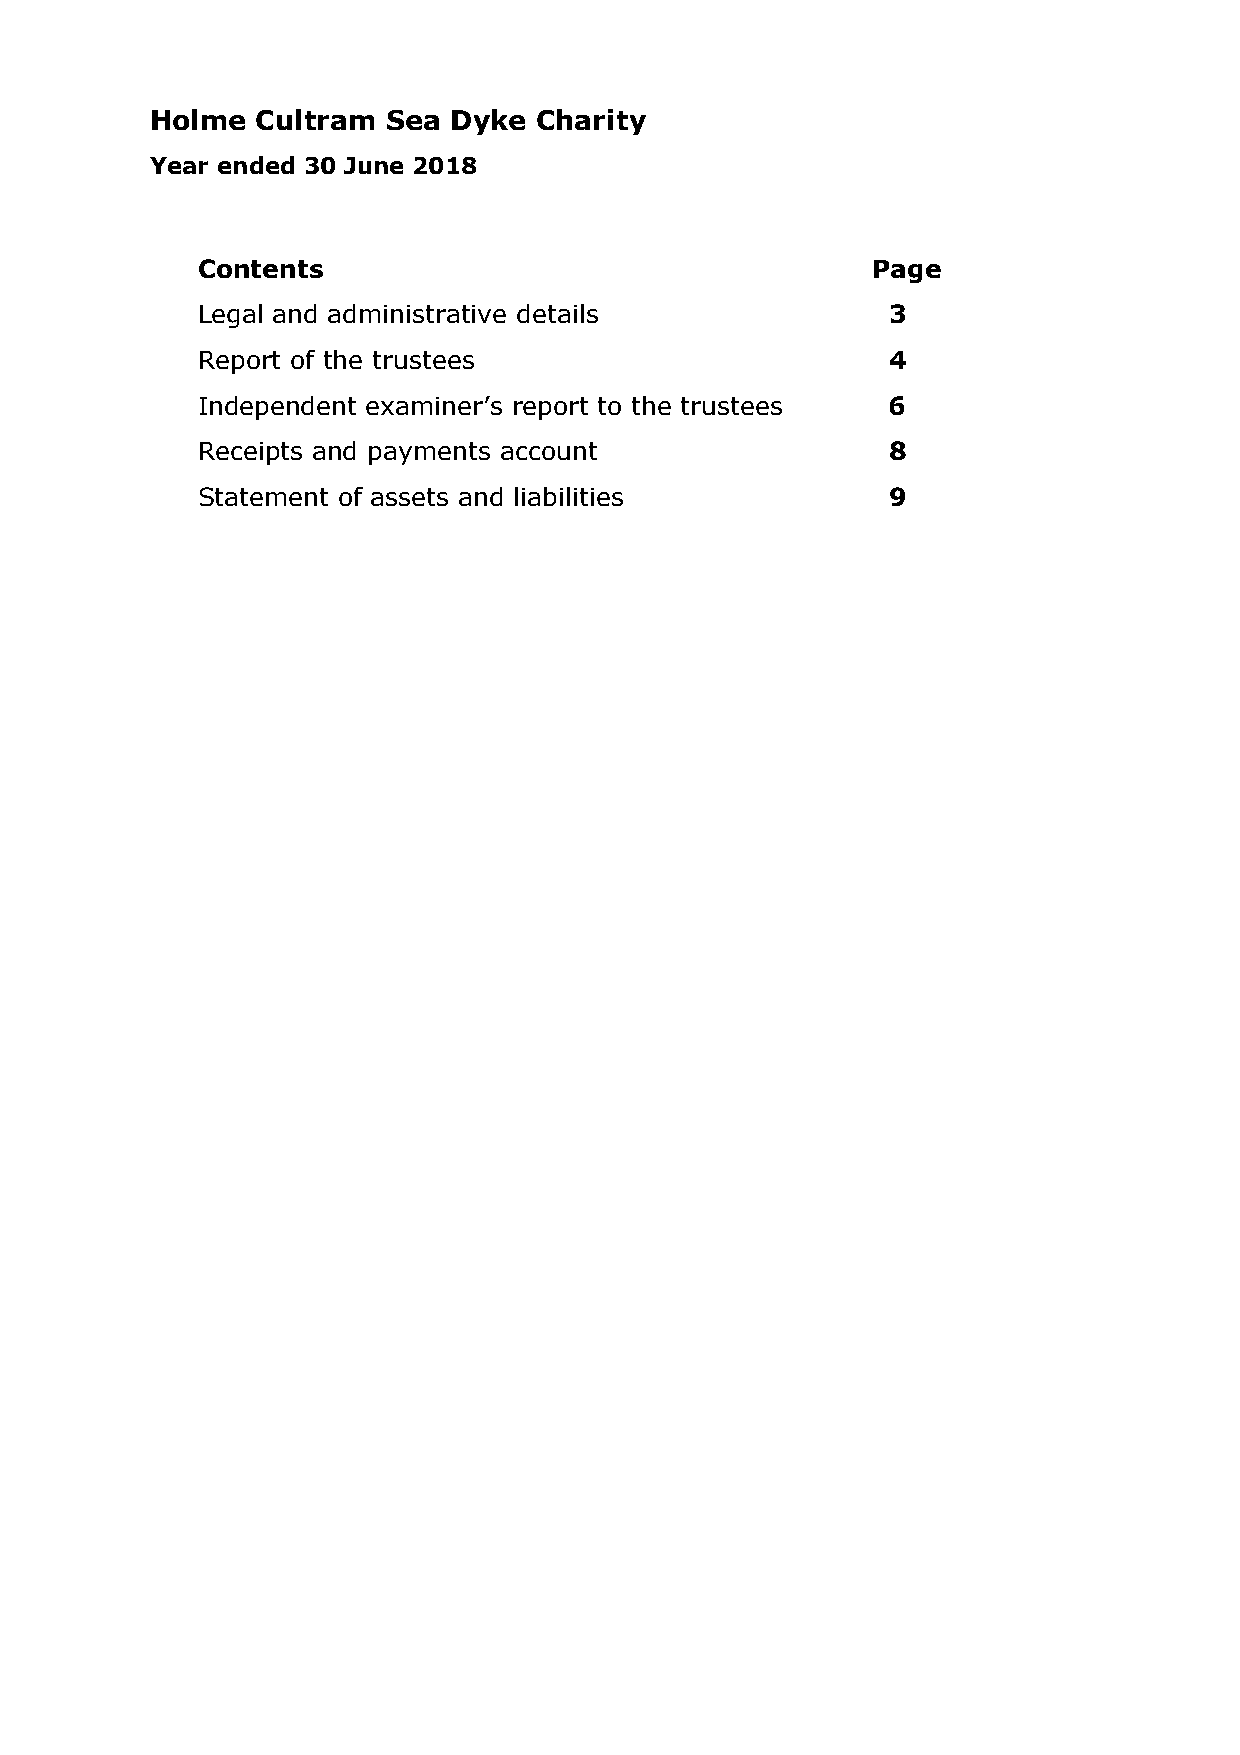
Holme  Cultram  Sea Dyke  Charity
 Year ended 30 June 2018
 Contents                                     Page
 Legal and administrative details              3
 Report of the trustees                        4
 Independent examiner’s report to the trustees 6
 Receipts and payments account                 8
 Statement of assets and liabilities           9